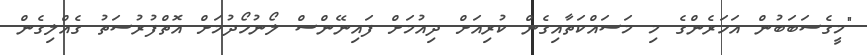
"މީގެސަބަބުން އަހަރެންގެ މި މަސައްކަތާއިގެން ކުރިއަށް ދިއުމަށް ފައިނޭންސް ލޯނުހޯދުމަށް އޮތްފުރުުސަތު ގެއްލިގެން